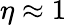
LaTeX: \eta\approx 1